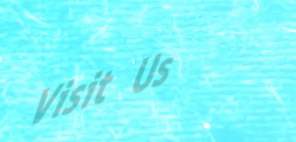
Visit Us